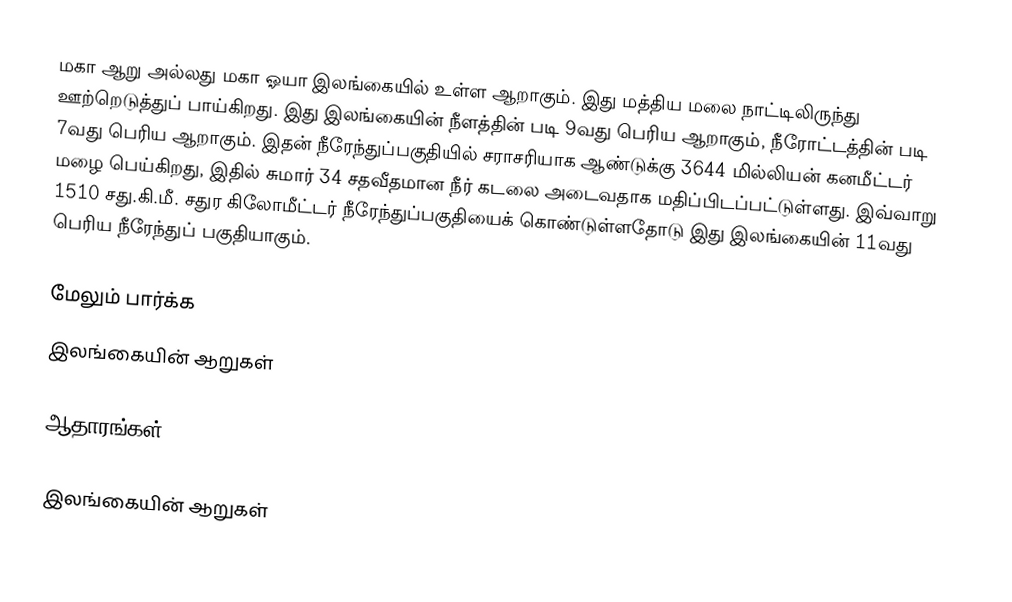
மகா ஆறு அல்லது மகா ஓயா இலங்கையில் உள்ள ஆறாகும். இது மத்திய மலை நாட்டிலிருந்து ஊற்றெடுத்துப் பாய்கிறது. இது இலங்கையின் நீளத்தின் படி 9வது பெரிய ஆறாகும், நீரோட்டத்தின் படி  7வது பெரிய  ஆறாகும். இதன் நீரேந்துப்பகுதியில் சராசரியாக ஆண்டுக்கு 3644 மில்லியன் கனமீட்டர் மழை பெய்கிறது, இதில் சுமார் 34 சதவீதமான நீர் கடலை அடைவதாக மதிப்பிடப்பட்டுள்ளது. இவ்வாறு 1510 சது.கி.மீ. சதுர கிலோமீட்டர் நீரேந்துப்பகுதியைக் கொண்டுள்ளதோடு இது இலங்கையின் 11வது பெரிய நீரேந்துப் பகுதியாகும்.

மேலும் பார்க்க
 இலங்கையின் ஆறுகள்

ஆதாரங்கள்

இலங்கையின் ஆறுகள்